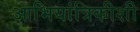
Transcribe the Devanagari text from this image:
आभियांत्रिकीशी